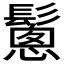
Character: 𩮰